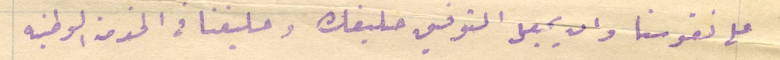
على نفوسنا وان يجعل التوفيق حليفك وحليفنا فى الخدمة الوطنيه